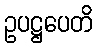
ဥပဋ္ဌပေတိ